Annual report on the working of the lock hospitals in the Central Provinces
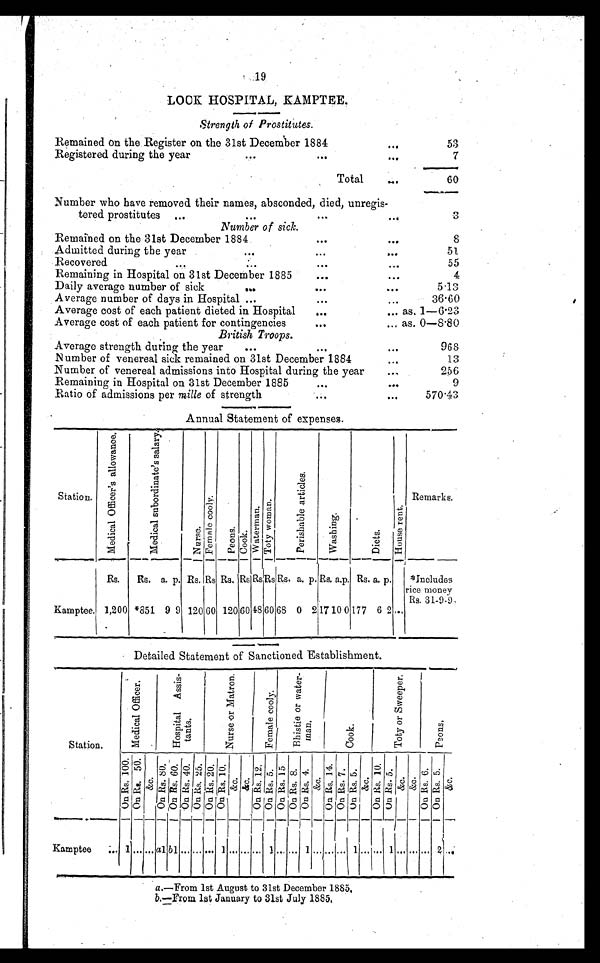
19
LOC K HOSPITAL, KAMPTEE.
Strength of Prostitutes.
Remained on the. Register on the 31st December 1884
...
53
Registered during the year
...
...
...
7
Total
. . .
60
Number who have removed their names, absconded, died, unregis-
tered prostitutes ...
...
...
...
3
Number of sick.
Remained on the 31st December 1884
...
...
8
Admitted during the year
...
...
. . .
5 1
Recovered
...
...
. . .
5 5
Remaining in Hospital on 31st December 1885
...
...
4
Daily average number of sick
...
...
. . .
5.13
Average number of days in Hospital ...
...
...
36.60
Average cost of each patient dieted in Hospital
...
... as. 1-6.23
Average cost of each patient for contingencies
...
... as. 0-8.80
British Troops.
Average strength during the year
...
...
. . .
968
Number of venereal sick remained on 31st December 1884
. . .
13
Number of venereal admissions into Hospital during the year
. . .
256
Remaining in Hospital on 31st December 1885
... ...
9
Ratio of admissions per mille of strength
...
...
570.43
Annual Statement of expenses.
Station.
M e d i c a l O f f i c e r ' s a l l o w a n c e .
M e d i c a l s u b o r d i n a t e ' s s a l a r y .
N u r s e . F e m a l e c o o l y . P e o n s . C o o k .
W a t e r m a n . T o t y w o m a n .
P e r i s h a b l e a r t i c l e s .
W a s h i n g .
S i e t s .
H o u s e r e n t .
Remarks.
Rs. Rs. a. p. Rs. Rs Rs. Rs Rs. Rs Rs. a. p. Rs. a . p. Rs. a. p. *Includes
rice money
Rs. 31-9-9
Kamptee. 1,200 *851 9 9 120 60 120 6048 60 68 0 2 17 10 0 177 6 2 ...
Detailed Statement of Sanctioned Establishment.
Station.
M e d i c a l O f f i c e r .
H o s p i t a l A s s i s t a n t s .
N u r s e o r M a t r o n .
F e m a l e c o o l y .
B h i s t i e o r w a t e r - m a n .
C o o k . T o t y o r S w e e p e r .
P e o n s .
O n R s . 1 0 0 .
On Rs . 50.
& a m p ; c .
O n R s . 8 0 . O n R s . 6 0 . O n R s . 4 0 . O n R s . 2 5 . O n R s . 2 0 . O n R s . 1 0 . & a m p ; c
.&amp; c.
O n R s . 1 2 .
O n R s . 5 .
On Rs.15. O n R s . 8 .
O n R s . 4 . & a m p ; c
.
On Rs . 14.
O n R s . 7 O n R s . 5 .
& a m p ; c .
O n R s . 1 0 . O n R s . 5 . & a m p ; c . & a m p ; c .
O n R s . 6 .
O n R s . 5 .
& a m p ; c .
Kamptee ...
1 ... . . . a1 bl ... ... ... 1 . . . ...
... 1 ...
... 1 . . . ... . . . 1 ... ... 1 ... ... ... 2 ...
a.—From 1st August to 31st December 1885
.
b.—From 1st January to 31st July 1885.